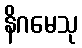
နိဂမေသု